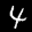
Label: 4